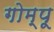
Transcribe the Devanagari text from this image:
गोम्‍पू